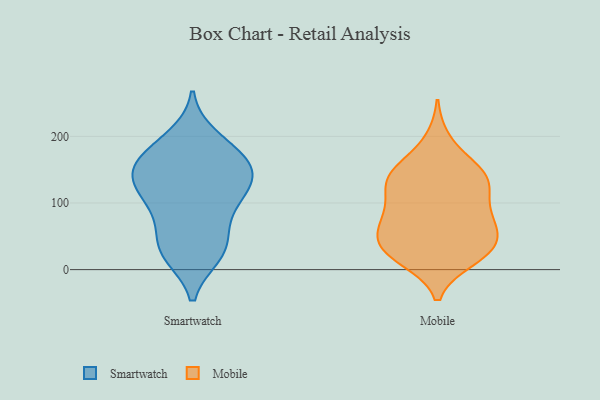
{"axis": {"x": "Latency (ms)", "y": "Value"}, "legend": ["Mobile", "Smartwatch"], "data": [{"x": "", "y": 88, "type": "Smartwatch"}, {"x": "", "y": 31, "type": "Smartwatch"}, {"x": "", "y": 26, "type": "Smartwatch"}, {"x": "", "y": 107, "type": "Smartwatch"}, {"x": "", "y": 73, "type": "Smartwatch"}, {"x": "", "y": 114, "type": "Smartwatch"}, {"x": "", "y": 146, "type": "Smartwatch"}, {"x": "", "y": 153, "type": "Smartwatch"}, {"x": "", "y": 138, "type": "Smartwatch"}, {"x": "", "y": 158, "type": "Smartwatch"}, {"x": "", "y": 36, "type": "Smartwatch"}, {"x": "", "y": 124, "type": "Smartwatch"}, {"x": "", "y": 198, "type": "Smartwatch"}, {"x": "", "y": 144, "type": "Smartwatch"}, {"x": "", "y": 23, "type": "Smartwatch"}, {"x": "", "y": 180, "type": "Smartwatch"}, {"x": "", "y": 179, "type": "Smartwatch"}, {"x": "", "y": 16, "type": "Mobile"}, {"x": "", "y": 29, "type": "Mobile"}, {"x": "", "y": 150, "type": "Mobile"}, {"x": "", "y": 136, "type": "Mobile"}, {"x": "", "y": 81, "type": "Mobile"}, {"x": "", "y": 115, "type": "Mobile"}, {"x": "", "y": 152, "type": "Mobile"}, {"x": "", "y": 25, "type": "Mobile"}, {"x": "", "y": 132, "type": "Mobile"}, {"x": "", "y": 48, "type": "Mobile"}, {"x": "", "y": 140, "type": "Mobile"}, {"x": "", "y": 70, "type": "Mobile"}, {"x": "", "y": 19, "type": "Mobile"}, {"x": "", "y": 78, "type": "Mobile"}, {"x": "", "y": 44, "type": "Mobile"}, {"x": "", "y": 34, "type": "Mobile"}, {"x": "", "y": 129, "type": "Mobile"}, {"x": "", "y": 63, "type": "Mobile"}, {"x": "", "y": 193, "type": "Mobile"}, {"x": "", "y": 91, "type": "Mobile"}]}